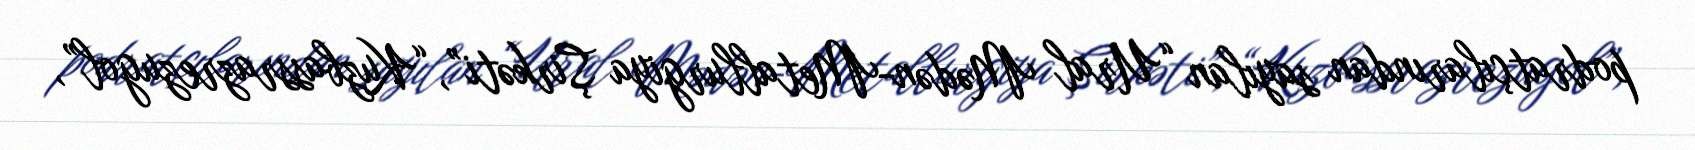
podratçılarından sayılan “Ural Mədən-Metallurgiya Şirkəti”, “Kuzbassrazrezugol”,